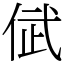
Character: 倵